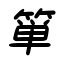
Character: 箪